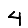
Digit: 4